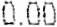
0.00